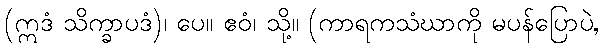
(ဣဒံ သိက္ခာပဒံ)၊ ပေ။ ဧဝံ၊ သို့။ (ကာရကသံဃာကို မပန်ပြောပဲ,